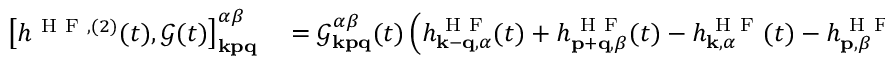
\begin{array} { r l } { \left[ h ^ { \mathrm { ~ H ~ F ~ } , ( 2 ) } ( t ) , \mathcal { G } ( t ) \right] _ { \mathbf { k p q } } ^ { \alpha \beta } } & { { } = \mathcal { G } _ { \mathbf { k p q } } ^ { \alpha \beta } ( t ) \left( h _ { \mathbf { k } - \mathbf { q } , \alpha } ^ { \mathrm { ~ H ~ F ~ } } ( t ) + h _ { \mathbf { p } + \mathbf { q } , \beta } ^ { \mathrm { ~ H ~ F ~ } } ( t ) - h _ { \mathbf { k } , \alpha } ^ { \mathrm { ~ H ~ F ~ } } ( t ) - h _ { \mathbf { p } , \beta } ^ { \mathrm { ~ H ~ F ~ } } ( t ) \right) \, , } \end{array}